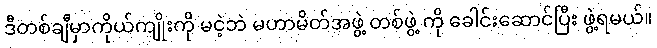
ဒီတစ်ချီမှာကိုယ်ကျိုးကို မငဲ့ဘဲ မဟာမိတ်အဖွဲ့ တစ်ဖွဲ့ ကို ခေါင်းဆောင်ပြီး ဖွဲ့ရမယ်။